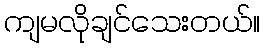
ကျမလိုချင်သေးတယ်။